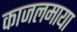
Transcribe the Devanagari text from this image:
काजलमाया